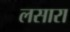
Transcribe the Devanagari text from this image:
लसारा